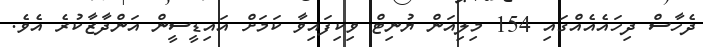
ދެހާސް ދިހައެއެއްގައި 154 މިލިއަން ޔުނިޓް ވިކިފައިވާ ކަމަށް އައިޑީސީން އަންދާޒާކުރެ އެވެ.